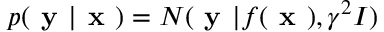
p ( \textbf { y } | \textbf { x } ) = N ( \textbf { y } | f ( \textbf { x } ) , \gamma ^ { 2 } I )